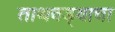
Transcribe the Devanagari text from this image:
ताथवड्याचा